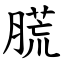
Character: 䐠